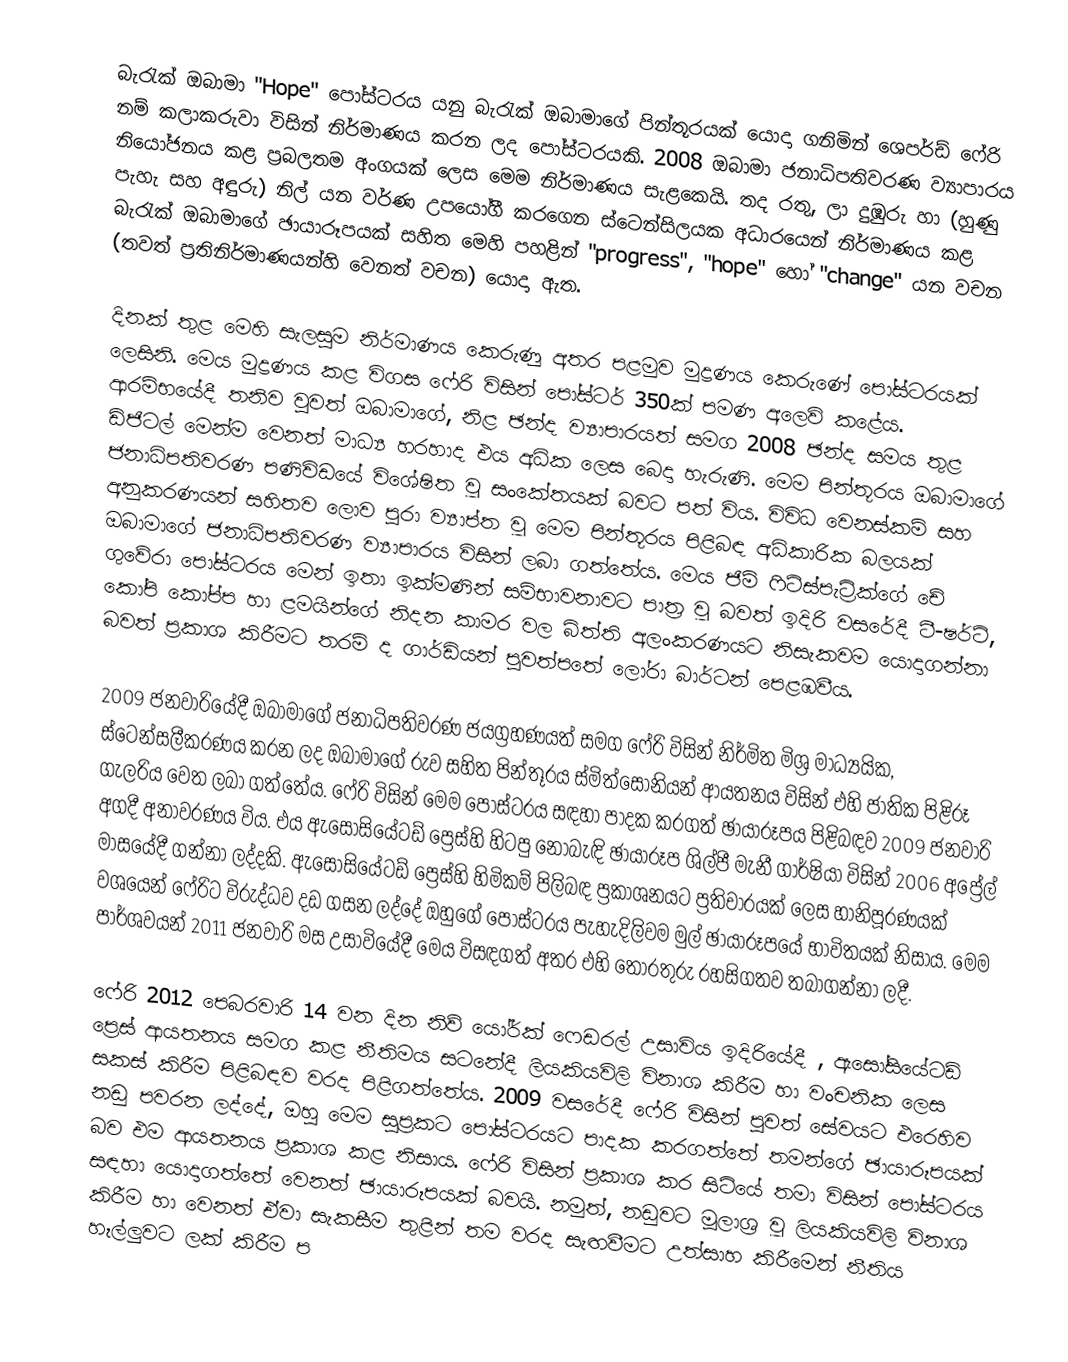
බැරැක් ඔබාමා "Hope" පෝස්ටරය යනු බැරැක් ඔබාමාගේ පින්තූරයක් යොදා ගනිමින් ශෙපර්ඩ් ෆේරි  නම් කලාකරුවා විසින් නිර්මාණය කරන ලද පෝස්ටරයකි. 2008 ඔබාමා ජනාධිපතිවරණ ව්‍යාපාරය නියෝජනය කළ ප්‍රබලතම අංගයක් ලෙස මෙම නිර්මාණය සැළකෙයි. තද රතු,  ලා දුඹුරු හා (හුණු පැහැ සහ අඳුරු) නිල් යන වර්ණ උපයෝගී කරගෙන ස්ටෙන්සිලයක අධාරයෙන් නිර්මාණය කළ බැරැක් ඔබාමාගේ ඡායාරූපයක් සහිත මෙහි පහළින් "progress", "hope" හෝ "change" යන වචන (තවත් ප්‍රතිනිර්මාණයන්හි වෙනත් වචන) යොදා ඇත.

දිනක් තුළ මෙහි සැලසුම නිර්මාණය කෙරුණු අතර පළමුව මුද්‍රණය කෙරුණේ පෝස්ටරයක් ලෙසිනි. මෙය මුද්‍රණය කළ විගස ෆේරි විසින් පෝස්ටර් 350ක් පමණ අලෙවි කළේය. ආරම්භයේදී තනිව වුවත් ඔබාමාගේ, නිළ ඡන්ද ව්‍යාපාරයත් සමග 2008 ඡන්ද සමය තුළ ඩිජිටල් මෙන්ම වෙනත් මාධ්‍ය හරහාද එය අධික ලෙස බෙදා හැරුණි. මෙම පින්තූරය ඔබාමාගේ ජනාධිපතිවරණ පණිවිඩයේ විශේෂිත වූ සංකේතයක් බවට පත් විය. විවිධ වෙනස්කම් සහ අනුකරණයන්  සහිතව ලොව පුරා ව්‍යාප්ත වූ මෙම පින්තූරය පිළිබඳ අධිකාරික බලයක් ඔබාමාගේ ජනාධිපතිවරණ ව්‍යාපාරය විසින් ලබා ගත්තේය. මෙය ජිම් ෆිට්ස්පැට්‍රික්ගේ චේ ගුවේරා පෝස්ටරය මෙන් ඉතා ඉක්මණින් සම්භාවනාවට පාත්‍ර වූ බවත් ඉදිරි වසරේදී ටී-ෂර්ට්, කෝපි කෝප්ප හා ළමයින්ගේ නිදන කාමර වල බිත්ති අලංකරණයට නිසැකවම යොදාගන්නා බවත් ප්‍රකාශ කිරීමට තරම් ද ගාර්ඩියන් පුවත්පතේ ලෝරා බාර්ටන් පෙළඹවීය.

2009 ජනවාරියේදී ඔබාමාගේ ජනාධිපතිවරණ ජයග්‍රහණයත් සමග ෆේරි විසින් නිර්මිත මිශ්‍ර මාධ්‍යයික, ස්ටෙන්සලීකරණය කරන ලද ඔබාමාගේ රුව සහිත පින්තූරය ස්මිත්සෝනියන් ආයතනය විසින් එහි  ජාතික පිළිරූ ගැලරිය වෙත ලබා ගත්තේය.  ෆේරි විසින් මෙම පෝස්ටරය සඳහා පාදක කරගත් ඡායාරූපය පිළිබඳව 2009 ජනවාරි අගදී අනාවරණය විය. එය ඇසෝසියේටඩ් ප්‍රෙස්හි හිටපු නොබැඳි ඡායාරූප ශිල්පී මැනී ගාර්ෂියා විසින් 2006 අප්‍රේල් මාසයේදී ගන්නා ලද්දකි.  ඇසෝසියේටඩ් ප්‍රෙස්හි හිමිකම් පිලිබඳ ප්‍රකාශනයට ප්‍රතිචාරයක් ලෙස හානිපූරණයක් වශයෙන් ෆේරිට විරුද්ධව දඩ ගසන ලද්දේ ඔහුගේ පෝස්ටරය පැහැදිලිවම මුල් ඡායාරූපයේ භාවිතයක් නිසාය.  මෙම පාර්ශවයන් 2011 ජනවාරි මස උසාවියේදී මෙය විසඳගත් අතර එහි තොරතුරු රහසිගතව තබාගන්නා ලදී.

ෆේරි 2012 පෙබරවාරි 14 වන දින නිව් යෝර්ක් ෆෙඩරල් උසාවිය ඉදිරියේදී , ඇසෝසියේටඩ් ප්‍රෙස් ආයතනය සමග කළ නීතිමය සටනේදී ලියකියවිලි විනාශ කිරීම හා වංචනික ලෙස සකස් කිරීම පිළිබඳව වරද පිළිගත්තේය. 2009 වසරේදී ෆේරි විසින් පුවත් සේවයට එරෙහිව නඩු පවරන ලද්දේ, ඔහු මෙම සුප්‍රකට පෝස්ටරයට පාදක කරගත්තේ තමන්ගේ ඡායාරූපයක් බව එම ආයතනය ප්‍රකාශ කළ නිසාය. ෆේරි විසින් ප්‍රකාශ කර සිටියේ තමා විසින් පෝස්ටරය සඳහා යොදාගත්තේ වෙනත් ඡායාරූපයක් බවයි. නමුත්, නඩුවට මූලාශ්‍ර වූ ලියකියවිලි විනාශ කිරීම හා වෙනත් ඒවා සැකසීම තුළින් තම වරද සැඟවීමට උත්සාහ කිරීමෙන් නීතිය හෑල්ලුවට ලක් කිරීම ප